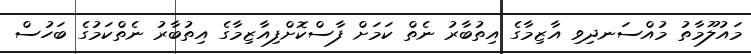
މައުލޫމާތު މުއްސަނދިވި އާޒިމާގެ އިތުބާރު ނެތް ކަމަށް ފާސްކޮށްފިއާޒިމާގެ އިތުބާރު ނެތްކަމުގެ ބަހުސް